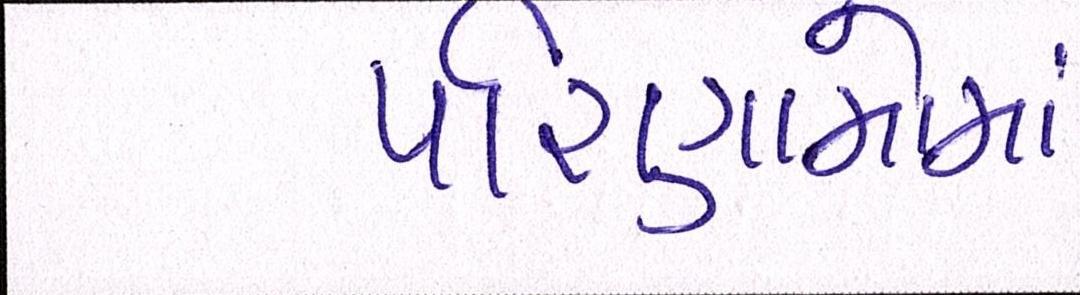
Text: પરિણામોમાં